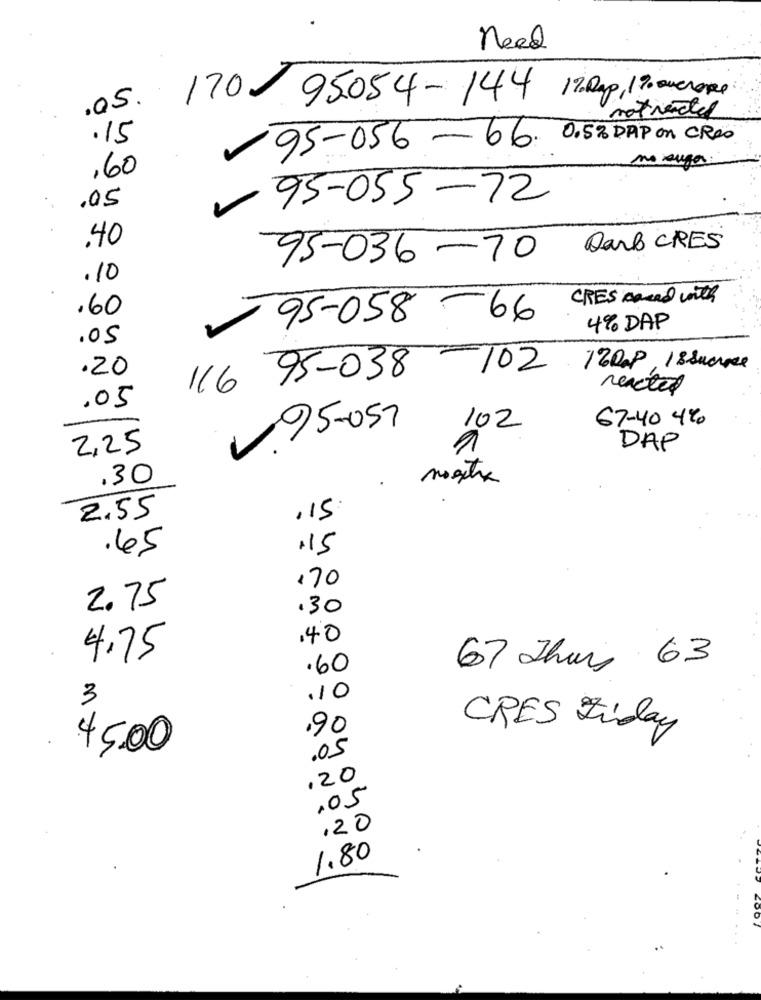
need
.05. 170-
95054-144 17:0ap, 19 auchope
notredel
.15
0.5% DAP On CREO
95-056-66.
no :
,60
95-055-72
.05
.40
DarB CRES
95-036-70
£
.10
CRES cend with
.60
95-058-66
4% DAP
.05
.20
-102
12008, 18 Sucrece
116 95-038
reacted
.05
67-40 4%
95-057
102
2.25
DAP
.30
2.55
.15
.65
115
170
2.75
.30
.40
4.75
.60
67 Thurs 63
3
.10
.90
CRES Ziday
45,00
.05
.20
,05
120
1.80